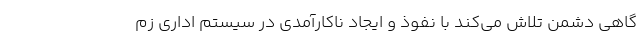
گاهی دشمن تلاش می‌کند با نفوذ و ایجاد ناکارآمدی در سیستم اداری زم